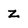
Character: z